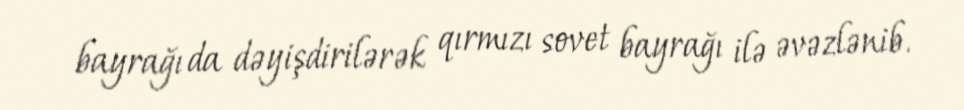
bayrağı da dəyişdirilərək qırmızı sovet bayrağı ilə əvəzlənib.